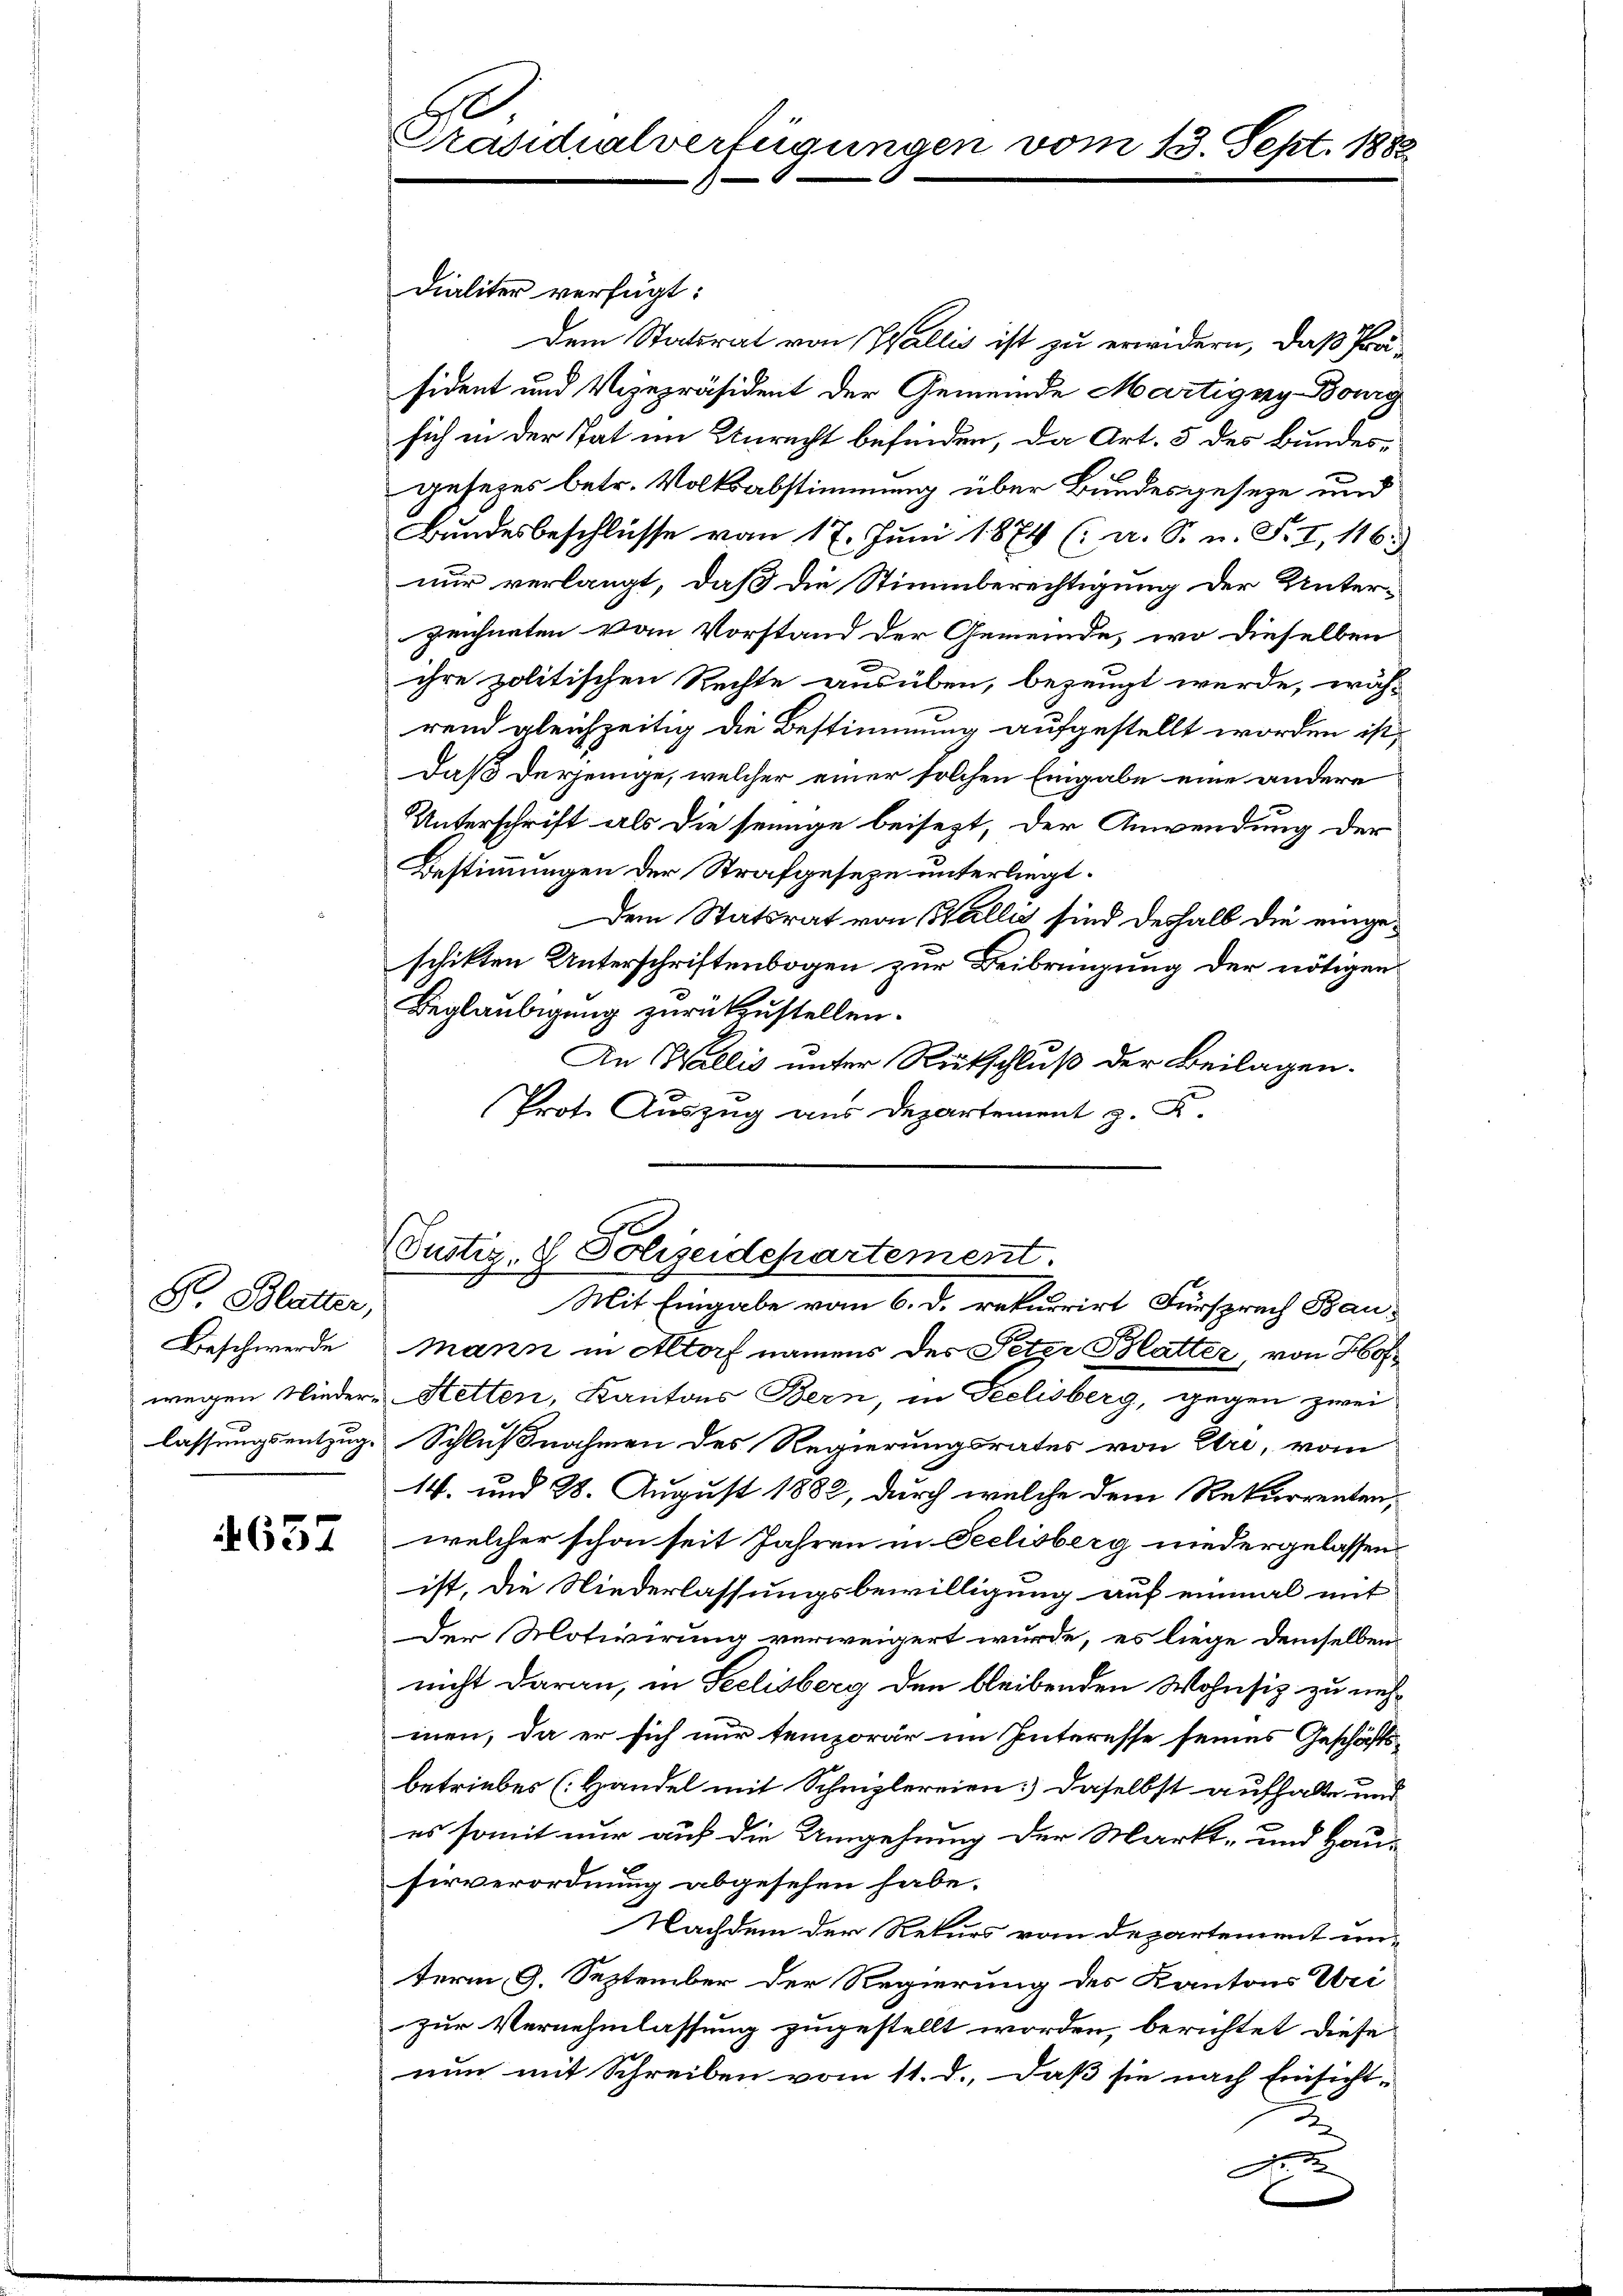
S. Blatter,
Beschwerde

4657

Präsidialverfügungen vom 13. Sept. 1882.

Dialiter verfügt:
Dem Statsrat von Wallis ist zu erwidern, daß Präsident und Vizepräsident der Gemeinde Martigny-Bong
sich in der Tat im Unrecht befinden, da Art. 5 des Bundes-
gesezes betr. Volksabstimmung über Bundesgeseze und
Bundesbeschlüsse vom 17. Juni 1874 (a. S. n. F. I, 116.)
nur verlangt, daß die Stimmberechtigung der Unterzeichneten vom Vorstand der Gemeinde, wo dieselben
.
ihre politischen Rechte ausüben, bezeugt werde, wäh-
rend gleichzeitig die Bestimmung aufgestellt worden ist,
Daß derjenige, welcher einer solchen Eingabe eine andere
Unterschrift als die seinige beisezt, der Anwendung der
Bestimmungen der Strafgeseze unterliegt.
Dem Statsrat von Wallis sind deshalb die eingeschikten Unterschriftenbogen zur Beibringung der nötigen
Beglaubigung zurückzustellen.
An Wallis unter Rückschluß der Beilagen.
Prote Auszug aus Departement z. B.

Justiz- & Polizeidepartement.
Mit Eingabe vom 6. d. rekurrirt Fürsprech Bau-

mann in Altorf namens des Petze Blatter, von Hof
wegen Nieder-Retten, Kantons Bern, in Seelisberg, gegen zwei
lassungsentzug, Schlußnahmen des Regierungsrates von Uri, vom
14. und 28. August 1882, durch welche dem Rekurrenten,
welcher schon seit Jahren in Seelisberg niedergelassen
ist, die Niederlassungsbewilligung auf einmal mit
Der Motivirung verweigert wurde, es liege demselben
nicht daran, in Seelisberg den bleibenden Wohnsiz zu nehmen, da er sich nur temporär im Interesse seines Geschäftsbetriebes Handel mit Schniplereien daselbst aufhalte und
es somit nur auf die Umgehung der Markt- und Hau-
sirverordnung abgesehen habe.
Nachdem der Rekurs vom Departement unterm 9. September der Regierung des Kantons Uri
zur Vernehmlassung zugestellt worden, berichtet diese
nun mit Schreiben vom 11. d., daß sie nach Einsicht-
A